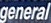
general